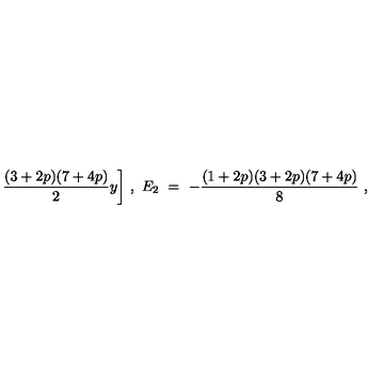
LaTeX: \frac { ( 3 + 2 p ) ( 7 + 4 p ) } { 2 } y \bigg ] \ , \ E _ { 2 } \ = \ - \frac { ( 1 + 2 p ) ( 3 + 2 p ) ( 7 + 4 p ) } { 8 } \ ,